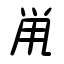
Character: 鼡